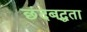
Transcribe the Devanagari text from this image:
छंदबद्धता